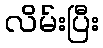
လိမ်းပြီး